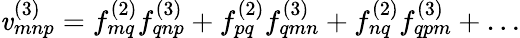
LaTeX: \mathit{v}_{mnp}^{(3)}=f_{mq}^{(2)}f_{qnp}^{(3)}+f_{pq}^{(2)}f_{qmn}^{(3)}+f_{nq}^{(2)}f_{qpm}^{(3)}+\ldots